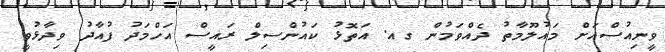
ވީނިއުސްއަށް މައުލޫމާތު ދެއްވަމުން ގއ. އަތޮޅު ކައުންސިލް ރައީސް އަހްމަދު ފުއާދު ވިދާޅުވީ